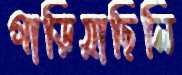
গাড়িয়াছিলি